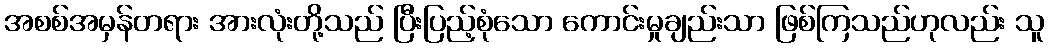
အစစ်အမှန်တရား အားလုံးတို့သည် ပြီးပြည့်စုံသော ကောင်းမှုချည်းသာ ဖြစ်ကြသည်ဟုလည်း သူ